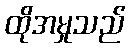
ထိုအမှုသည်